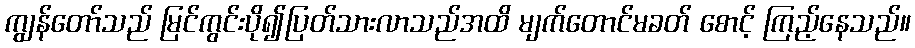
ကျွန်တော်သည် မြင်ကွင်းပို၍ပြတ်သားလာသည်အထိ မျက်တောင်မခတ် စောင့် ကြည့်နေသည်။